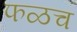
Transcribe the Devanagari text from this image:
फळच